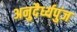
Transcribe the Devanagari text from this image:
अनुदैर्ध्यपुंज